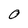
Character: O